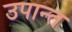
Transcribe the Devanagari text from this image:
उपान्त